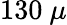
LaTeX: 130~\mu